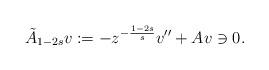
LaTeX: \begin{align*} \tilde{A}_{1-2s}v:=-z^{-\frac{1-2s}{s}}v''+Av\ni 0.\end{align*}